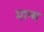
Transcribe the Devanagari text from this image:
मान्म